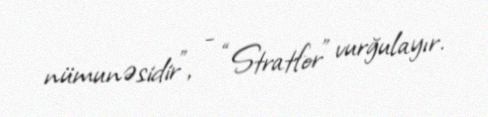
nümunəsidir”, - “Stratfor” vurğulayır.